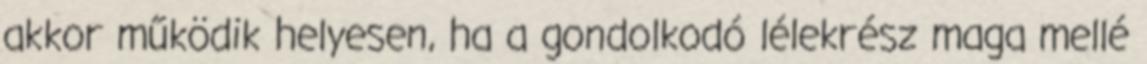
akkor működik helyesen, ha a gondolkodó lélekrész maga mellé